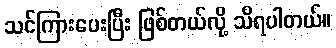
သင်ကြားပေးပြီး ဖြစ်တယ်လို့ သိရပါတယ်။